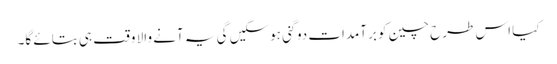
کیا اس طرح چین کو برآمدات دوگنی ہوسکیں گی یہ آنے والا وقت ہی بتائے گا۔